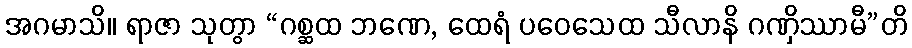
အဂမာသိ။ ရာဇာ သုတွာ “ဂစ္ဆထ ဘဏေ, ထေရံ ပဝေသေထ သီလာနိ ဂဏှိဿာမီ”တိ